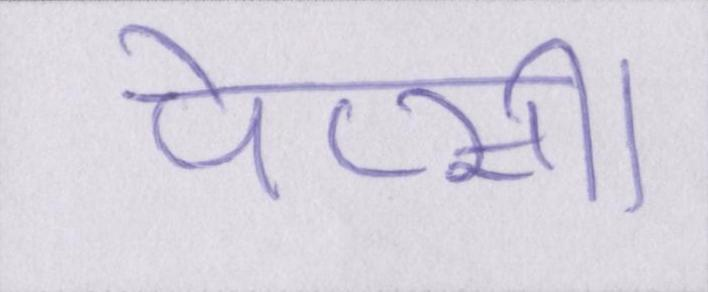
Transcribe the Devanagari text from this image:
पेप्सी।